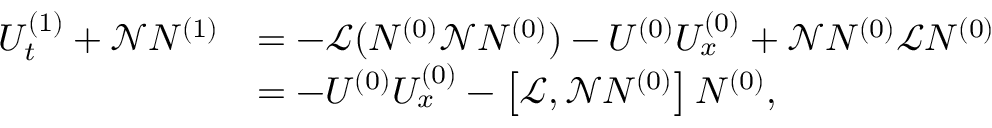
\begin{array} { r l } { U _ { t } ^ { ( 1 ) } + \mathscr { N } N ^ { ( 1 ) } } & { = - \mathscr { L } ( N ^ { ( 0 ) } \mathscr { N } N ^ { ( 0 ) } ) - U ^ { ( 0 ) } U _ { x } ^ { ( 0 ) } + \mathscr { N } N ^ { ( 0 ) } \mathscr { L } N ^ { ( 0 ) } } \\ & { = - U ^ { ( 0 ) } U _ { x } ^ { ( 0 ) } - \left[ \mathscr { L } , \mathscr { N } N ^ { ( 0 ) } \right] N ^ { ( 0 ) } , } \end{array}